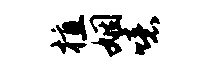
植姻噫